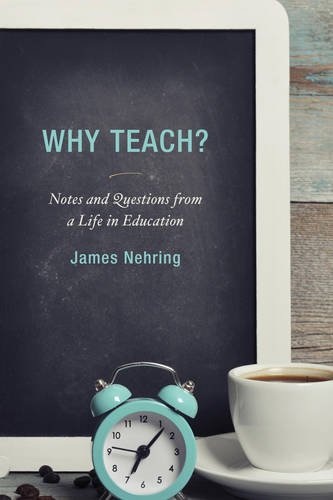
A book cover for Why Teach?: Notes and Questions from a Life in Education; James Nehring; Biographies & Memoirs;